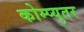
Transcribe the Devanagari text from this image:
कोम्प्युतर